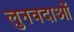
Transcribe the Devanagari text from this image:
लुनवदाओं